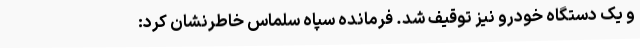
و یک دستگاه خودرو نیز توقیف شد. فرمانده سپاه سلماس خاطرنشان کرد: